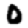
Digit: 0